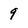
Character: 9